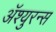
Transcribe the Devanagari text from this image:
अॅश्युरन्स